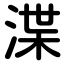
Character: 渫